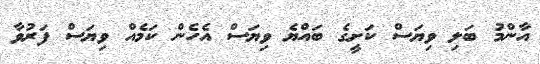
އާންމު ބަލި ވިޔަސް ކަށީގެ ބައްޔެ ވިޔަސް އެހެން ކަމެއް ވިޔަސް ފަރުވާ